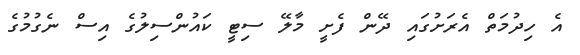
އެ ހިދުމަތް އެރަށުގައި ދޭން ފެށީ މާލޭ ސިޓީ ކައުންސިލުގެ އިސް ނެގުމުގެ